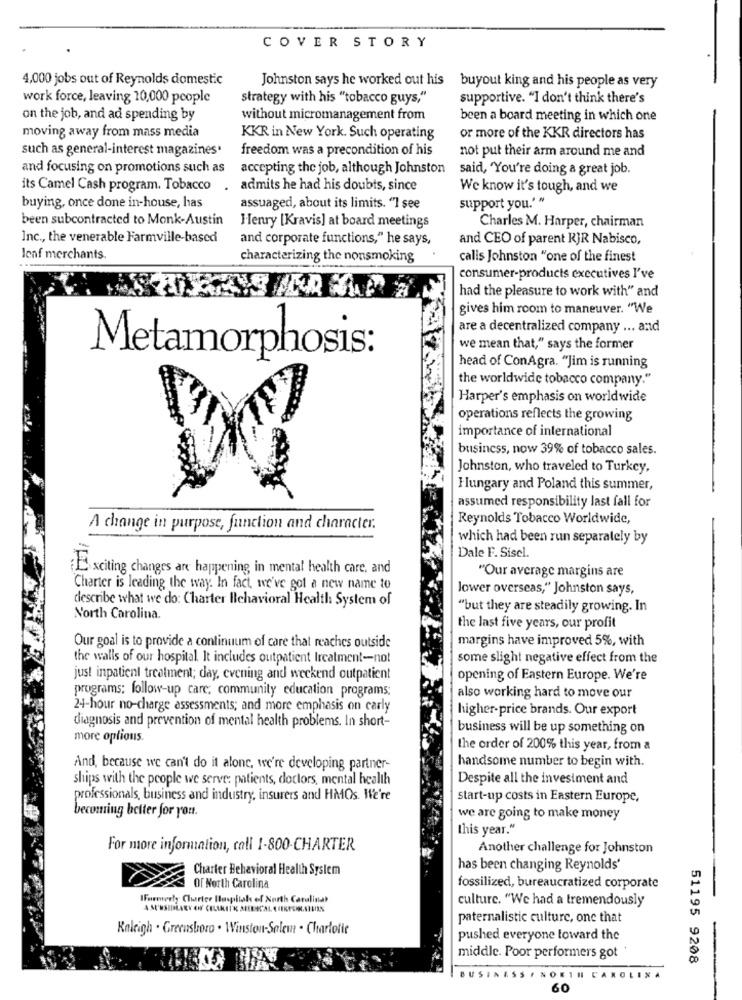
COVER STORY
4,000 jobs out of Reynolds domestic
Johnston says he worked out his buyout king and his people as very
work force, leaving 10,000 people
strategy with his "tobacco guys,"
supportive. "I don't think there's
on the job, and ad spending by
without micromanagement from
been a board meeting in which one
moving away from mass media
KKR in New York. Such operating
or more of the KKR directors has
such as general-interest magazines*
freedom was a precondition of his
not put their arm around me and
and focusing on promotions such as
accepting the job, although Johnston
said, "You're doing a great job.
its Camel Cash program. Tobacco
.
admits he had his doubts, since
We know it's tough, and we
buying, once done in-house, has
assuaged, about its limits. "I see
support you." "
been subcontracted to Monk-Austin
Henry [Kravis] at board meetings
Charles M. Harper, chairman
Inc ., the venerable Farmville-based
and corporate functions," he says,
and CEO of parent RJR Nabisco,
leaf merchants
characterizing the nonsmoking
calls Johnston "one of the finest
consumer-products executives I've
had the pleasure to work with" and
gives him room to maneuver. "We
are a decentralized company ... and
we mean that," says the former
Metamorphosis:
head of ConAgra. "Jim is running
the worldwide tobacco company."
Harper's emphasis on worldwide
operations reflects the growing
importance of international
business, now 39% of tobacco sales.
Johnston, who traveled to Turkey,
Hungary and Poland this summer,
assumed responsibility last fall for
Reynolds Tobacco Worldwide,
A change in purpose, function and character.
which had been run separately by
Dale F. Sisel
Exciting changes are happening in mental health care, and
"Our average margins are
Charter is leading the way. In fact, we've got a new name to
lower overseas," Johnston says,
describe what we do: Charter Behavioral Health System of
"but they are steadily growing. In
North Carolina.
the last five years, our profit
margins have improved 5%, with
Our goal is to provide a continuum of care that reaches outside
the walls of our hospital. It includes outpatient Ircalment-not
some slight negative effect from the
just inpatient treatment; day, evening and weekend outpatient
opening of Eastern Europe. We're
programs: follow-up carc; community education programs;
also working hard to move our
24-hour no-charge assessments; and more emphasis on carly
higher-price brands. Our export
diagnosis and prevention of mental health problems. In short-
business will be up something on
more options.
the order of 200% this year, from a
handsome number to begin with.
And, because we can't do it alone, we're developing partner-
ships with the people we serve: patients, doctors, mental health
Despite all the investment and
professionals, business and industry, insurers and HMOs. We're
start-up costs in Eastern Europe,
becoming better for you.
we are going to make money
this year."
For more information, call 1-800-CHARTER
Another challenge for Johnston
Charter Behavioral Health System
has been changing Reynolds'
Of North Carolina
fossilized, bureaucratized corporate
IFormerly Charter Hospital of North Carolinat
culture. "We had a tremendously
paternalistic culture, one that
Kaleigh . Greensboro . Winston-Salem . Charlofie
pushed everyone toward the
middle. Poor performers got
51195 9208
SSF NORTH CAROLINA
60